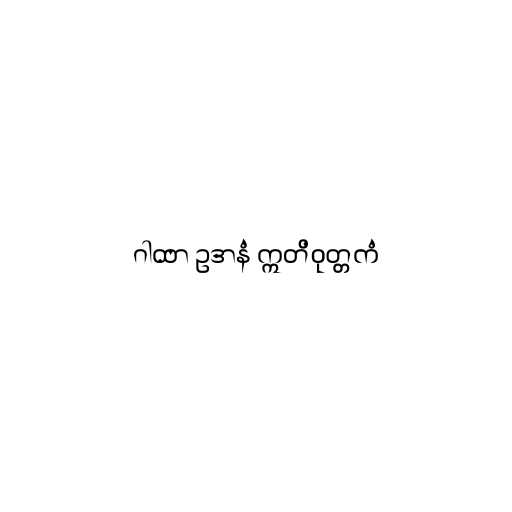
ဂါထာ ဥဒာနံ ဣတိဝုတ္တကံ